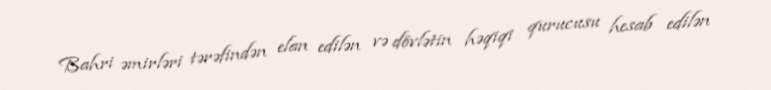
Bahri əmirləri tərəfindən elan edilən və dövlətin həqiqi qurucusu hesab edilən